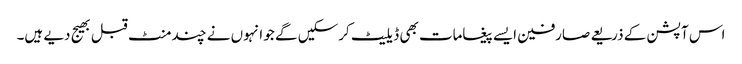
اس آپشن کے ذریعے صارفین ایسے پیغامات بھی ڈیلیٹ کرسکیں گے جو انہوں نے چند منٹ قبل بھیج دیے ہیں۔